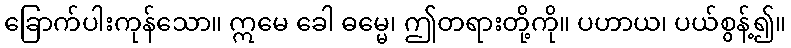
ခြောက်ပါးကုန်သော။ ဣမေ ခေါ ဓမ္မေ၊ ဤတရားတို့ကို။ ပဟာယ၊ ပယ်စွန့်၍။